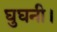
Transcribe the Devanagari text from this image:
घुघनी।